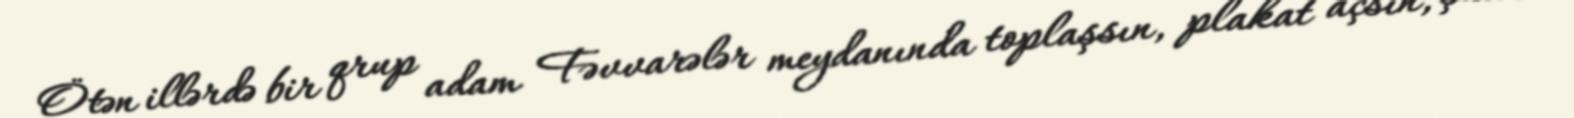
Ötən illərdə bir qrup adam Fəvvarələr meydanında toplaşsın, plakat açsın, şüar